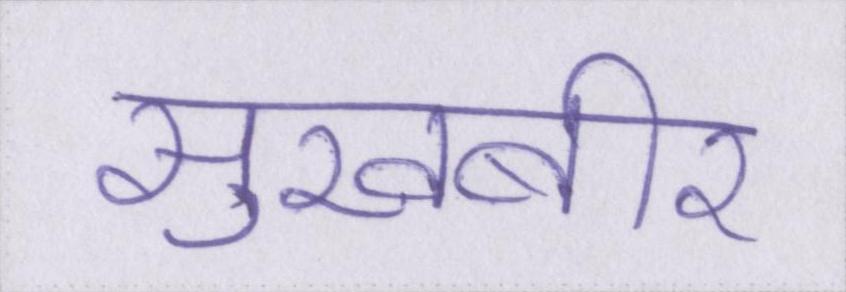
सुखबीर